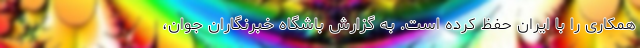
همکاری را با ایران حفظ کرده است. به گزارش باشگاه خبرنگاران جوان،